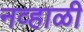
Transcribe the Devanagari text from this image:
नव्हाळी